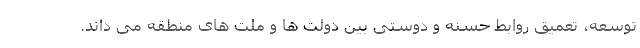
توسعه، تعمیق روابط حسنه و دوستی بین دولت ها و ملت های منطقه می داند.